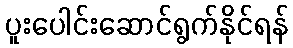
ပူးပေါင်းဆောင်ရွက်နိုင်ရန်